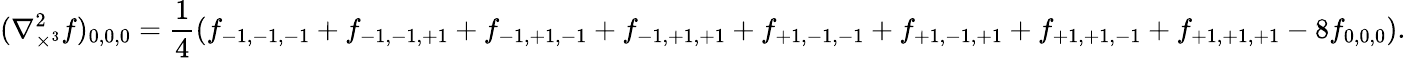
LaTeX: (\nabla_{\times^{3}}^{2}f)_{0,0,0}={\frac{1}{4}}(f_{-1,-1,-1}+f_{-1,-1,+1}+f_{-1,+1,-1}+f_{-1,+1,+1}+f_{+1,-1,-1}+f_{+1,-1,+1}+f_{+1,+1,-1}+f_{+1,+1,+1}-8f_{0,0,0}).